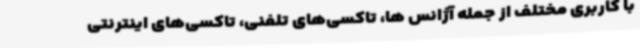
با کاربری مختلف از جمله آژانس ها، تاکسی‌های تلفنی، تاکسی‌های اینترنتی